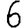
Digit: 6